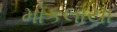
મોકલાયા